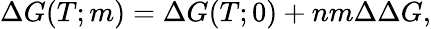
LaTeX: \Delta G(T;m)=\Delta G(T;0)+nm\Delta\Delta G,